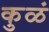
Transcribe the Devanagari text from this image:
कुळं